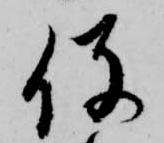
役